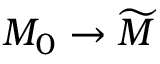
M _ { 0 } \to { \widetilde { M } }